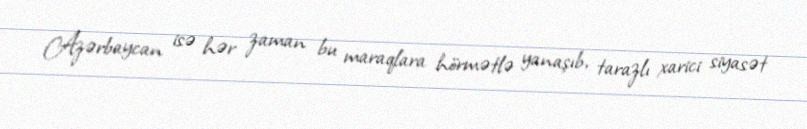
Azərbaycan isə hər zaman bu maraqlara hörmətlə yanaşıb, tarazlı xarici siyasət